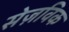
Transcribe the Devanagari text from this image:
सेज़विक